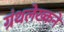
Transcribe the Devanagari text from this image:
ग्रंथलेख्कने